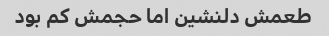
طعمش دلنشین اما حجمش کم بود